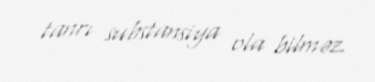
tanrı substansiya ola bilməz.